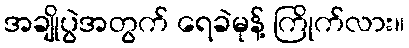
အချိုပွဲအတွက် ရေခဲမုန့် ကြိုက်လား။